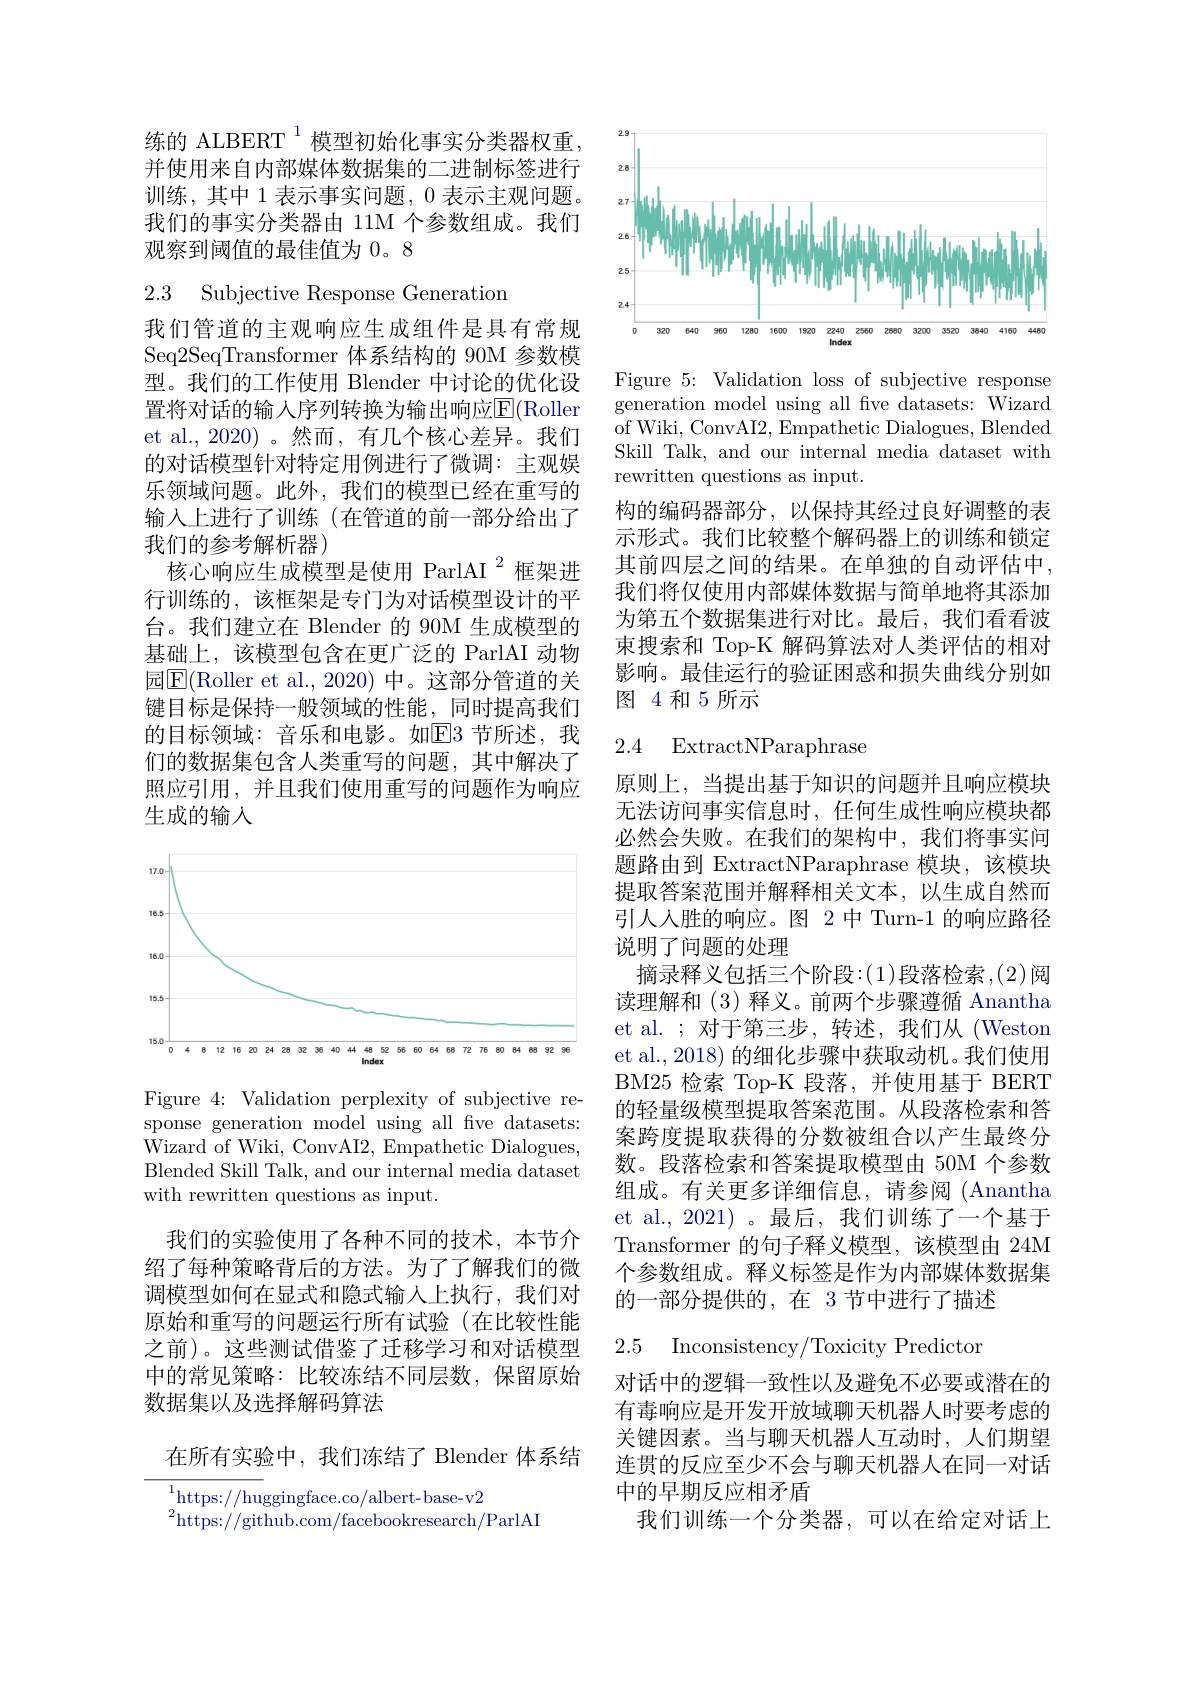
练的 ALBERT$^{1}$模型初始化事实分类器权重， 并使用来自内部媒体数据集的二进制标签进行训练，其中 1 表示事实问题，0表示主观问题。我们的事实分类器由 11M 个参数组成。我们观察到阈值的最佳值为 0。8

2.3 Subjective Response Generation

我们管道的主观响应生成组件是具有常规Seq2SeqTransformer 体系结构的 90M 参数模型。我们的工作使用 Blender 中讨论的优化设置将对话的输入序列转换为输出响应$\overline{\mathrm{E}}($Roller et al., 2020)。然而，有几个核心差异。我们的对话模型针对特定用例进行了微调：主观娱乐领域问题。此外，我们的模型已经在重写的输入上进行了训练(在管道的前一部分给出了我们的参考解析器)
核心响应生成模型是使用 ParlAI$^{2}$框架进行训练的，该框架是专门为对话模型设计的平台。我们建立在 Blender 的 90M 生成模型的基础上，该模型包含在更广泛的 ParlAI 动物园$\boxed{\mathrm{E}}($Roller et al., 2020) 中。这部分管道的关键目标是保持一般领域的性能，同时提高我们的目标领域：音乐和电影。如$\boxed{\mathrm{F}}3$ 节所述，我们的数据集包含人类重写的问题，其中解决了照应引用，并且我们使用重写的问题作为响应生成的输入

<FigureHere>

Figure 4: Validation perplexity of subjective response generation model using all five datasets: Wizard of Wiki, ConvAI2, Empathetic Dialogues, Blended Skill Talk, and our internal media dataset with rewritten questions as input.

我们的实验使用了各种不同的技术，本节介绍了每种策略背后的方法。为了了解我们的微调模型如何在显式和隐式输人上执行，我们对原始和重写的问题运行所有试验(在比较性能之前)。这些测试借鉴了迁移学习和对话模型中的常见策略：比较冻结不同层数，保留原始数据集以及选择解码算法

在所有实验中，我们冻结了 Blender 体系结

$^{1}$https://huggingface.co/albert-base-v2

$^{2}$https://github.com/facebookresearch/ParlAI

<FigureHere>

Figure 5: Validation loss of subjective response generation model using all fve datasets: Wizard of Wiki, ConvAI2, Empathetic Dialogues, Blended Skill Talk, and our internal media dataset with rewritten questions as input.
构的编码器部分，以保持其经过良好调整的表示形式。我们比较整个解码器上的训练和锁定其前四层之间的结果。在单独的自动评估中， 我们将仅使用内部媒体数据与简单地将其添加为第五个数据集进行对比。最后，我们看看波束搜索和 Top-K 解码算法对人类评估的相对影响。最佳运行的验证困惑和损失曲线分别如图 4 和 5 所示

# 2.4 ExtractNParaphrase

原则上，当提出基于知识的问题并且响应模块无法访问事实信息时，任何生成性响应模块都必然会失败。在我们的架构中，我们将事实问题路由到 ExtractNParaphrase 模块，该模块提取答案范围并解释相关文本，以生成自然而引人人胜的响应。图 2中 Turn-1 的响应路径说明了问题的处理
摘录释义包括三个阶段：(1)段落检索，(2)阅读理解和 (3) 释义。前两个步骤遵循 Anantha et al.;对于第三步，转述，我们从(Weston et al., 2018) 的细化步骤中获取动机。我们使用BM25 检索 Top-K 段落，并使用基于 BERT 的轻量级模型提取答案范围。从段落检索和答案跨度提取获得的分数被组合以产生最终分数。段落检索和答案提取模型由 50M 个参数组成。有关更多详细信息，请参阅 (Anantha et al., 2021)。最后，我们训练了一个基于Transformer 的句子释义模型，该模型由 24M 个参数组成。释义标签是作为内部媒体数据集的一部分提供的，在 3 节中进行了描述

2.5 Inconsistency/Toxicity Predictor

对话中的逻辑一致性以及避免不必要或潜在的有毒响应是开发开放域聊天机器人时要考虑的关键因素。当与聊天机器人互动时，人们期望连贯的反应至少不会与聊天机器人在同一对话中的早期反应相矛盾
我们训练一个分类器，可以在给定对话上